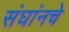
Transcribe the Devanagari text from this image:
संघांनचे